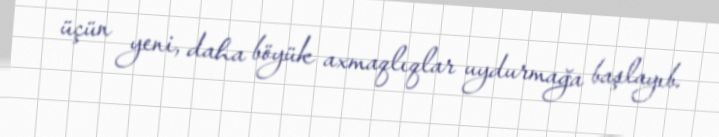
üçün yeni, daha böyük axmaqlıqlar uydurmağa başlayıb.